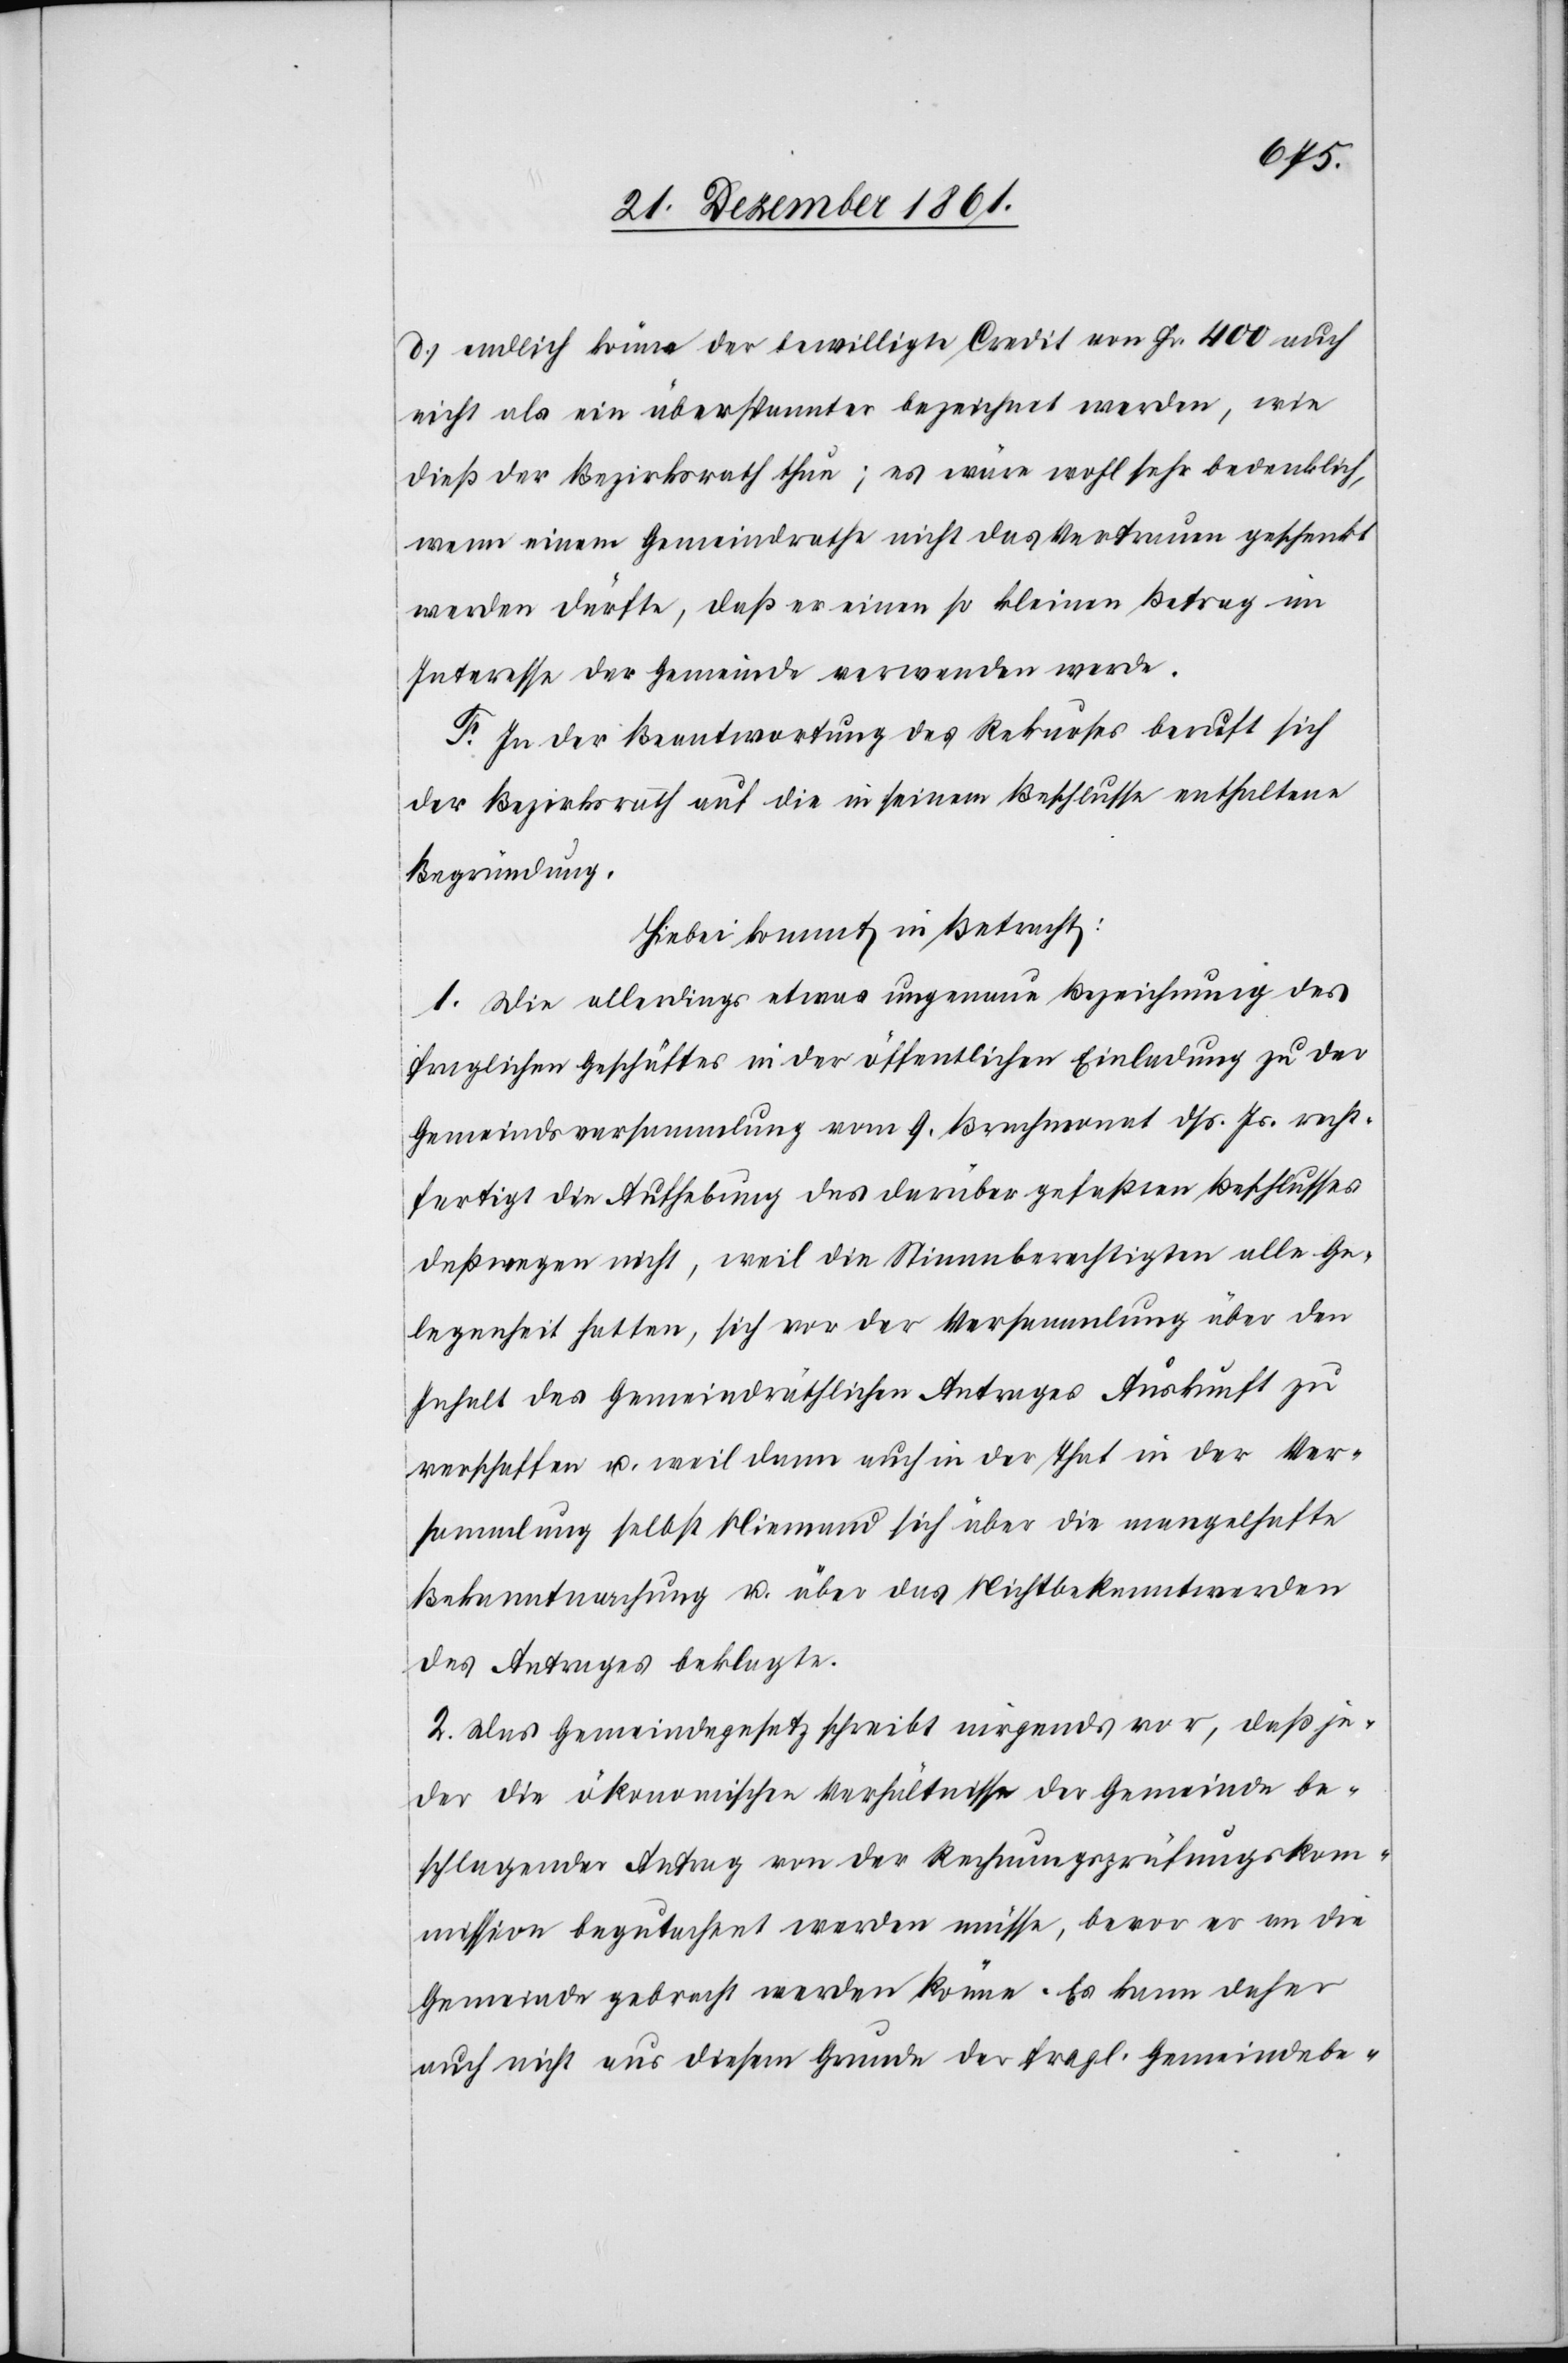
d.) endlich könne der bewilligte Credit von Fr. 400 auch
nicht als ein überspannter bezeichnet werden, wie
dieß der Bezirksrath thue; es wäre wohl sehr bedenklich,
wenn einem Gemeindrathe nicht das Vertrauen geschenkt
werden dürfte, daß er einen so kleinen Betrag im
Interesse der Gemeinde verwenden werde.
F. In der Beantwortung des Rekurses beruft sich
der Bezirksrath auf die in seinem Beschlusse enthaltene
Begründung.
Hiebei kommt in Betracht:
1. Die allerdings etwas ungenaue Bezeichnung des
fraglichen Geschäftes in der öffentlichen Einladung zu der
Gemeindsversammlung vom 9 Brachmonat dss. Js. recht¬
fertigt die Aufhebung des darüber gefaßten Beschlusses
deßwegen nicht, weil die Stimmberechtigten alle Ge¬
legenheit hatten, sich von der Versammlung über den
Inhalt des gemeindräthlichen Antrages Auskunft zu
verschaffen u. weil dann auch in der That in der Ver¬
sammlung selbst Niemand sich über die mangelhafte
Bekanntmachung u. über das Nichtbekanntwerden
des Antrages beklagte.
2. Das Gemeindegesetz schreibt nirgends vor, daß je¬
der die ökonomischen Verhältnisse der Gemeinde be¬
schlagender Antrag von der Rechnungsprüfungskom¬
mission begutachtet werden müsse, bevor er an die
Gemeinde gebracht werden könne. Es kann daher
auch nicht aus diesem Grunde der fragl. Gemeindsbe-